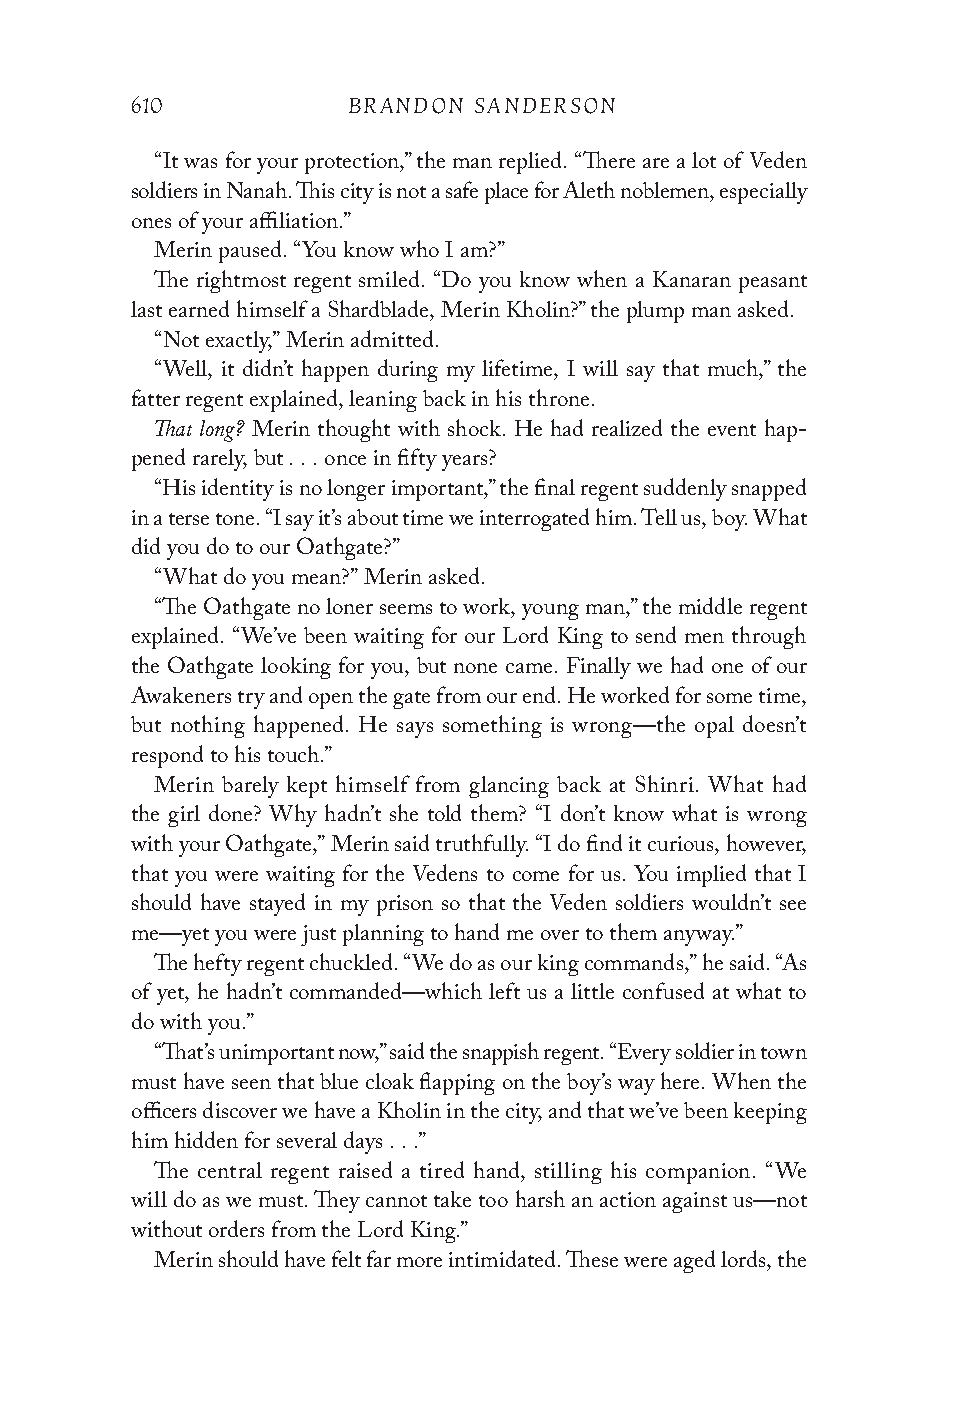
610           BRANDON SANDERSON
 “It was for your protection,” the man replied. “There are a lot of Veden
 soldiers in Nanah. This city is not a safe place for Aleth noblemen, especially
 ones of your affiliation.”
 Merin paused. “You know who I am?”
 The rightmost regent smiled. “Do you know when a Kanaran peasant
 last earned himself a Shardblade, Merin Kholin?” the plump man asked.
 “Not exactly,” Merin admitted.
 “Well, it didn’t happen during my lifetime, I will say that much,” the
 fatter regent explained, leaning back in his throne.
 That long?
 Merin thought with shock. He had realized the event hap-
 pened rarely, but . . . once in fifty years?
 “His identity is no longer important,” the final regent suddenly snapped
 in a terse tone. “I say it’s about time we interrogated him. Tell us, boy. What
 did you do to our Oathgate?”
 “What do you mean?” Merin asked.
 “The Oathgate no loner seems to work, young man,” the middle regent
 explained. “We’ve been waiting for our Lord King to send men through
 the Oathgate looking for you, but none came. Finally we had one of our
 Awakeners try and open the gate from our end. He worked for some time,
 but nothing happened. He says something is wrong—the opal doesn’t
 respond to his touch.”
 Merin barely kept himself from glancing back at Shinri. What had
 the girl done? Why hadn’t she told them? “I don’t know what is wrong
 with your Oathgate,” Merin said truthfully. “I do find it curious, however,
 that you were waiting for the Vedens to come for us. You implied that I
 should have stayed in my prison so that the Veden soldiers wouldn’t see
 me—yet you were just planning to hand me over to them anyway.”
 The hefty regent chuckled. “We do as our king commands,” he said. “As
 of yet, he hadn’t commanded—which left us a little confused at what to
 do with you.”
 “That’s unimportant now,” said the snappish regent. “Every soldier in town
 must have seen that blue cloak flapping on the boy’s way here. When the
 officers discover we have a Kholin in the city, and that we’ve been keeping
 him hidden for several days . . .”
 The central regent raised a tired hand, stilling his companion. “We
 will do as we must. They cannot take too harsh an action against us—not
 without orders from the Lord King.”
 Merin should have felt far more intimidated. These were aged lords, the